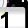
Digit: 1